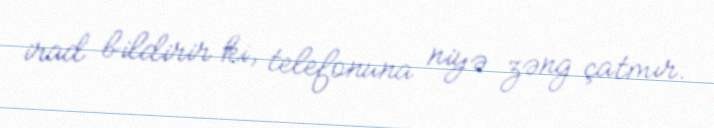
irad bildirir ki, telefonuna niyə zəng çatmır.